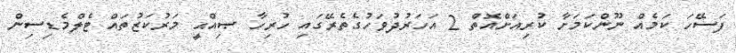
ފަސޭހަ ކަމެއް ނޫންކަމަށާ ކުރިއަށްއޮތް 2 އަހަރުދުވަހުގެތެރޭގައި ހުރިހާ ޞިއްޙީ މަރުކަޒުތައް ޓެލްމެޑިސިން